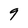
Character: 9